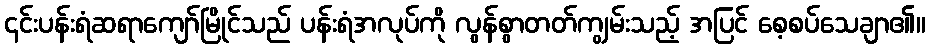
၎င်းပန်းရံဆရာကျော်မြိုင်သည် ပန်းရံအလုပ်ကို လွန်စွာတတ်ကျွမ်းသည့် အပြင် စေ့စပ်သေချာ၏။